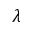
\lambda